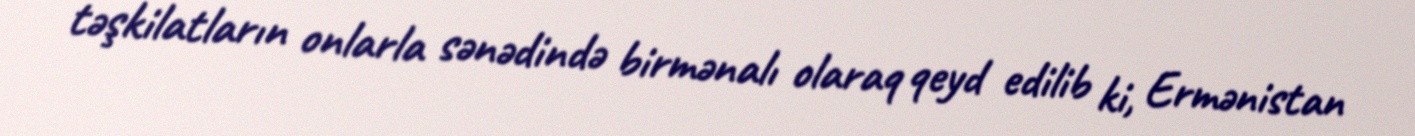
təşkilatların onlarla sənədində birmənalı olaraq qeyd edilib ki, Ermənistan